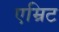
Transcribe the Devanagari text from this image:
एम्रिट